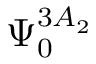
\Psi _ { 0 } ^ { 3 A _ { 2 } }